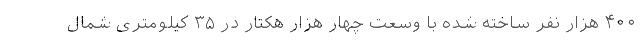
۴۰۰ هزار نفر ساخته شده با وسعت چهار هزار هکتار در ۳۵ کیلومتری شمال